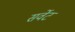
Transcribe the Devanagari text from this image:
सर्वेट